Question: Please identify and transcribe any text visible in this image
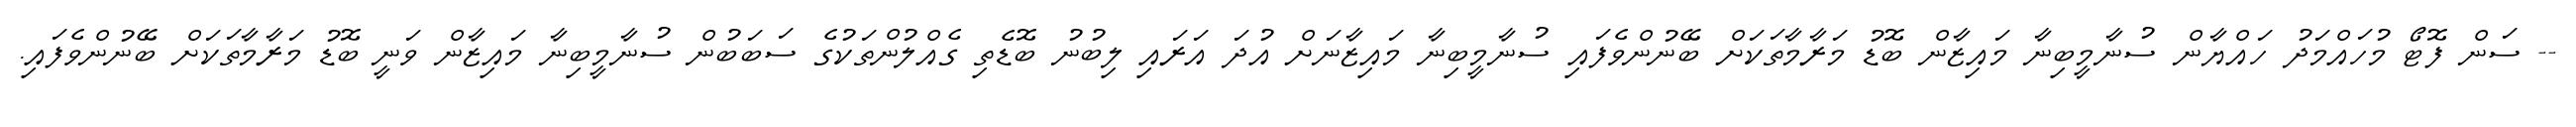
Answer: -- ސަން ފޮޓޯ މުހައްމަދު ހައްޔާން ސުނާމީބިނާ މައިޒާން ބޮޑު މަރާމާތަކަށް ބޭނުންވެފައި ސުނާމީބިނާ މައިޒާނަށް އުދަ އަރައި ލިބުނު ބޮޑެތި ގެއްލުންތަކުގެ ސަބަބުން ސުނާމީބިނާ މައިޒާން ވަނީ ބޮޑު މަރާމާތަކަށް ބޭނުންވެފައި.